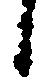
候